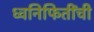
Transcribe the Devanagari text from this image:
ध्वनिफितींची